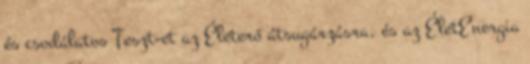
és csodálatos Teszt-et az Életerő átsugárzásra, és az ÉletEnergia